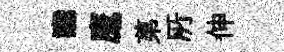
讟鷹苐𠩄伸